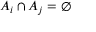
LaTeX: A _ { i } \cap A _ { j } = \varnothing